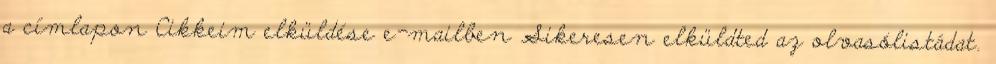
a címlapon Cikkeim elküldése e-mailben Sikeresen elküldted az olvasólistádat.